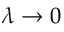
\lambda \rightarrow 0